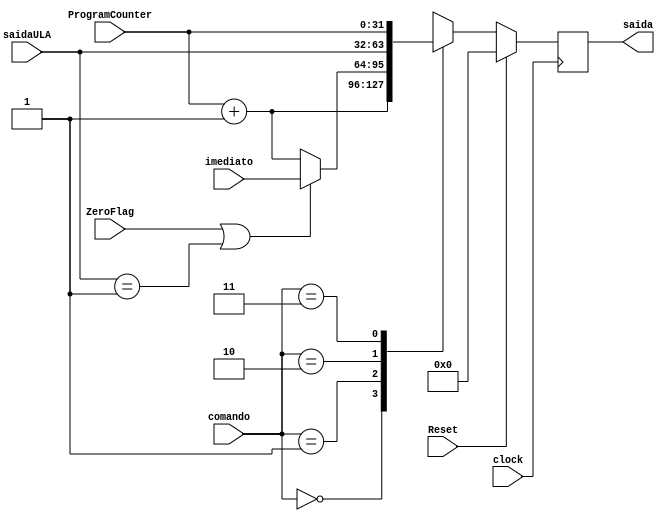
/*Unidade de Controle de Desvios do Processador*/

module ControleDeDesvios (comando, clock, ZeroFlag, imediato,
								  ProgramCounter, saida, saidaULA, Reset);
	//Program Counter das operaes jump
	input [31:0] ProgramCounter;
	//Endereos do local de desvio
	input wire [31:0] saidaULA, imediato;
	//Flag para indicar qual operao fazer0,
	input [1:0] comando;
	//Flags para as operaes Branch On Equal e Jump
	input ZeroFlag, Reset;
	//Sinal do clock
	input clock;
	//Saida da unidade de desvios
	output reg [31:0] saida;
	
	always @ (posedge clock) 
	begin
		case(comando)
		   //Incremento o PC
			2'b00: saida = ProgramCounter + 1;
	      //Operao de Branch On Equal
			2'b01: 
				begin
					if(ZeroFlag == 1 || saidaULA == 1) saida = imediato;
					else saida = ProgramCounter + 1;
				end
			//Operao de Jump
			2'b10: saida = saidaULA;
			//Break
			2'b11: saida = ProgramCounter;
		endcase
		
		//Se o reset for solicitado, a sada  ressetada
		if (Reset == 1) saida <= 0;
	end
endmodule